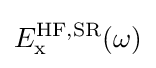
E_{\text{x}}^{\text{HF,SR}}(\omega )